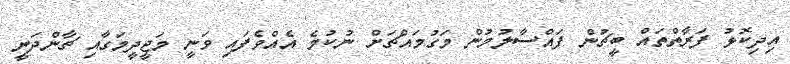
އިދިކޮޅު ފަރާތްތައް ބީޗުން ފައްސާލުމުން މަގުމައްޗަށް ނުކުމެ އެއްވެފައި ވަނީ މަޖީދީމަގާއި ޗާންދަނީ